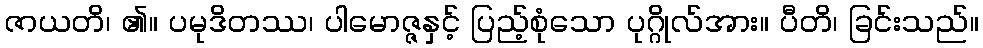
ဇာယတိ၊ ၏။ ပမုဒိတဿ၊ ပါမောဇ္ဇနှင့် ပြည့်စုံသော ပုဂ္ဂိုလ်အား။ ပီတိ၊ ခြင်းသည်။